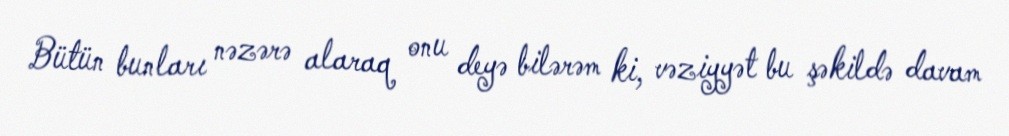
Bütün bunları nəzərə alaraq onu deyə bilərəm ki, vəziyyət bu şəkildə davam